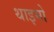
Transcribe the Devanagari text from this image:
थाइमो